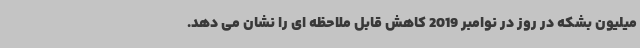
میلیون بشکه در روز در نوامبر 2019 کاهش قابل ملاحظه ای را نشان می دهد.